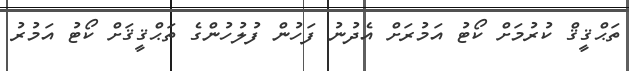
ތަޙްޤީޤް ކުރުމަށް ކޯޓު އަމުރަށް އެދުނު ފަހުން ފުލުހުންގެ ތަޙްޤީޤަށް ކޯޓު އަމުރު